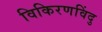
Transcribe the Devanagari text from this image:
विकिरणविंदु